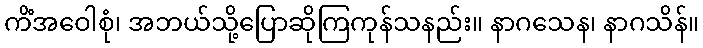
ကိံအဝေါစုံ၊ အဘယ်သို့ပြောဆိုကြကုန်သနည်း။ နာဂသေန၊ နာဂသိန်။